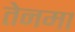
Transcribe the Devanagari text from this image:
तेनमा